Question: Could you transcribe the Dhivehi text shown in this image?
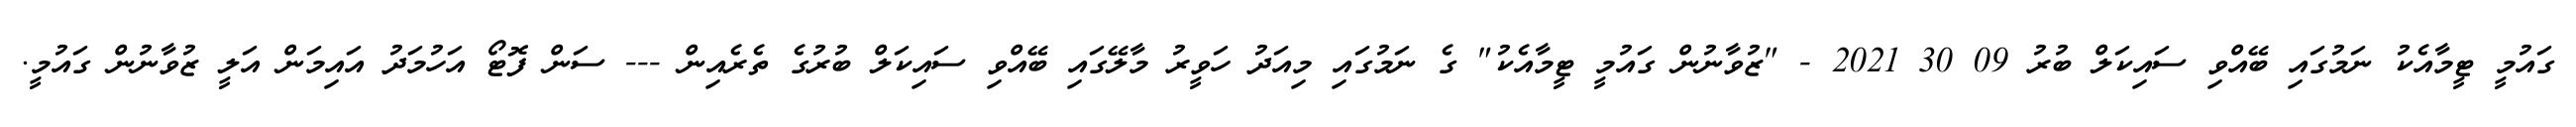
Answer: ގައުމީ ޓީމާއެކު ނަމުގައި ބޭއްވި ސައިކަލް ބުރު 09 30 2021 - "ޒުވާނުން ގައުމީ ޓީމާއެކު" ގެ ނަމުގައި މިއަދު ހަވީރު މާލޭގައި ބޭއްވި ސައިކަލް ބުރުގެ ތެރެއިން --- ސަން ފޮޓޯ އަހުމަދު އައިމަން އަލީ ޒުވާނުން ގައުމީ.